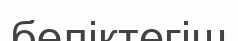
бөліктегіш